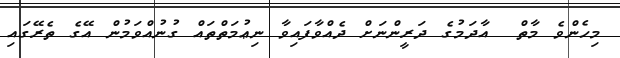
މިހެންވެ މާތް  އާދަމުގެ ދަރީންނަށް ދެއްވާފައިވާ ނިޢުމަތްތައް ގުނުއްވަމުން އޭގެ ތެރޭގައި